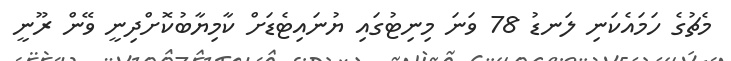
މެޗުގެ ހަމައެކަނި ލަނޑު 78 ވަނަ މިނިޓުގައި ޔުނައިޓެޑަށް ކާމިޔާބުކޮށްދިނީ ވޭން ރޫނީ